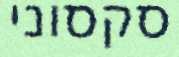
סקסוני